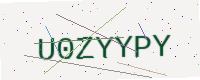
Text: U0ZYYPY